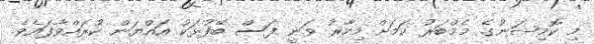
މި ކޮމިޝަނުގެ މެމްބަރު ކަމަށް މިހާރު ވަނީ ފަސް ބޭފުޅަކު އައްޔަން ކުރައްވާފައެވެ.